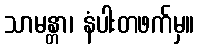
သာမန္တာ၊ နံပါးတဖက်မှ။